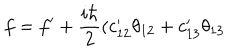
f = f ^ { \prime } + { \frac { i \hbar } { 2 } } ( c _ { 1 2 } ^ { \prime } \theta _ { 1 2 } + c _ { 1 3 } ^ { \prime } \theta _ { 1 3 }